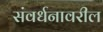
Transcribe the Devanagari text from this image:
संवर्धनावरील